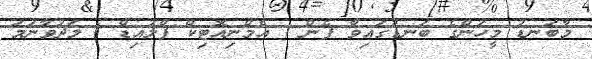
މާބަނޑު މީހުންގެ ބަނޑުގައިވާ ފެން ( އެމްނިއޮޓިކް ފްލުއިޑް ) މަދުވާނަމަ